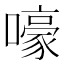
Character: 嚎